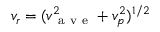
v _ { r } = ( v _ { \mathrm { ~ a ~ v ~ e ~ } } ^ { 2 } + v _ { p } ^ { 2 } ) ^ { 1 / 2 }